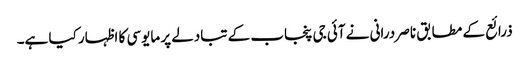
ذرائع کے مطابق ناصر درانی نے آئی جی پنجاب کے تبادلے پر مایوسی کا اظہار کیا ہے۔